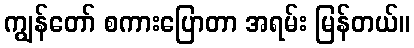
ကျွန်တော် စကားပြောတာ အရမ်း မြန်တယ်။